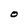
Character: O